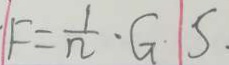
F = \frac { 1 } { n } \cdot G S .